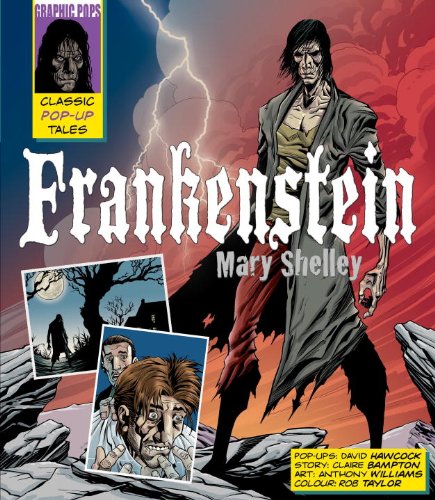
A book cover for Frankenstein: A Classic Pop-Up Tale; Mary Shelley; Comics & Graphic Novels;